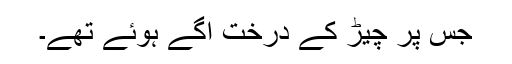
جس پر چیڑ کے درخت اُگے ہُوئے تھے۔